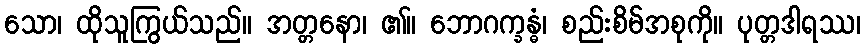
သော၊ ထိုသူကြွယ်သည်။ အတ္တနော၊ ၏။ ဘောဂက္ခန္ဓံ၊ စည်းစိမ်အစုကို။ ပုတ္တဒါရဿ၊